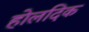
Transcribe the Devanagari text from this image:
होलदिक